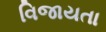
વિજાયતા